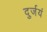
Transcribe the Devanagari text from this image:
दुर्जयं